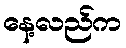
နေ့လည်က